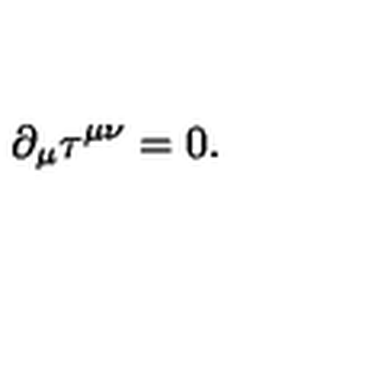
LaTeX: \partial _ { \mu } \tau ^ { \mu \nu } = 0 .